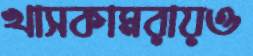
খাসকামরায়ও